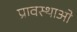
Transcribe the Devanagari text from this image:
प्रावस्थाओ